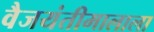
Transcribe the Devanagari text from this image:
वैजयंतीमालाला